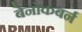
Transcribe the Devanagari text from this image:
बेनोकबर्न